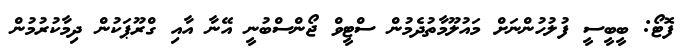
ފޮޓޯ: ބީބީސީ ފުލުހުންނަށް މައުލޫމާތުދެމުން ސްޓީވް ޖޯންސްބުނީ އޭނާ އާއި ގްރޫޕަކުން ދިމާކުުރުމުން